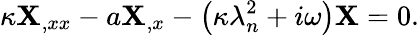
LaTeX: \kappa\mathbf{X}_{,xx}-a\mathbf{X}_{,x}-\left(\kappa\lambda_{n}^{2}+i\omega\right)\mathbf{X}=0.